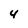
Character: 4